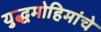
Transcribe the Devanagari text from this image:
युद्धमोहिमांचे